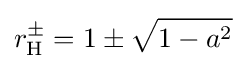
r_{\rm {H}}^{\pm }=1\pm {\sqrt {1-a^{2}}}